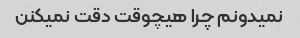
نمیدونم چرا هیچوقت دقت نمیکنن